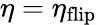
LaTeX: \eta=\eta_{\mathrm{flip}}